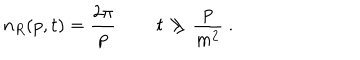
n _ { R } ( p , t ) = \frac { 2 \pi } p \, \qquad t \gg \frac p { m ^ { 2 } } \ .